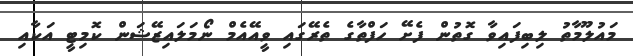
މައުލޫމާތު ލިބިފައިވާ ގޮތުން ފެށޭ ހަފްތާގެ ތެރޭގައި ވީއޭއެމް ނޯމަލައިޒޭޝަން ކޮމިޓީ އަކާއި